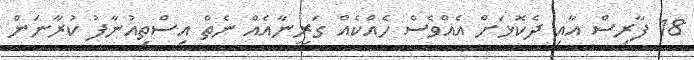
18 ފާރިސް އާއި ދެކޮޅަށް އެއްވެސް ހެއްކެއް ގަރީނާއެއް ނެތް އިސްތިއުނާފު ކުރާނަން